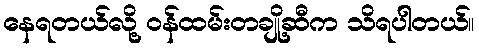
နေရတယ်လို့ ဝန်ထမ်းတချို့ဆီက သိရပါတယ်။